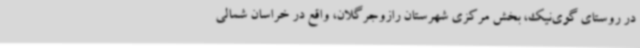
در روستای گوی‌نیک، بخش مرکزی شهرستان رازوجرگلان، واقع در خراسان شمالی